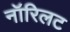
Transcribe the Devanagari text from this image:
नॉरिलट